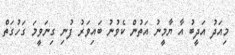
މިއަދު އަދީބު އާ ޔާމީނު އަތުން ކެވުނު ބައިވަރު ފުނި ގިނަވީމަ ގަހުގަތް